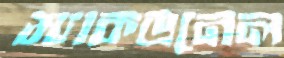
ম্যাকডনেল